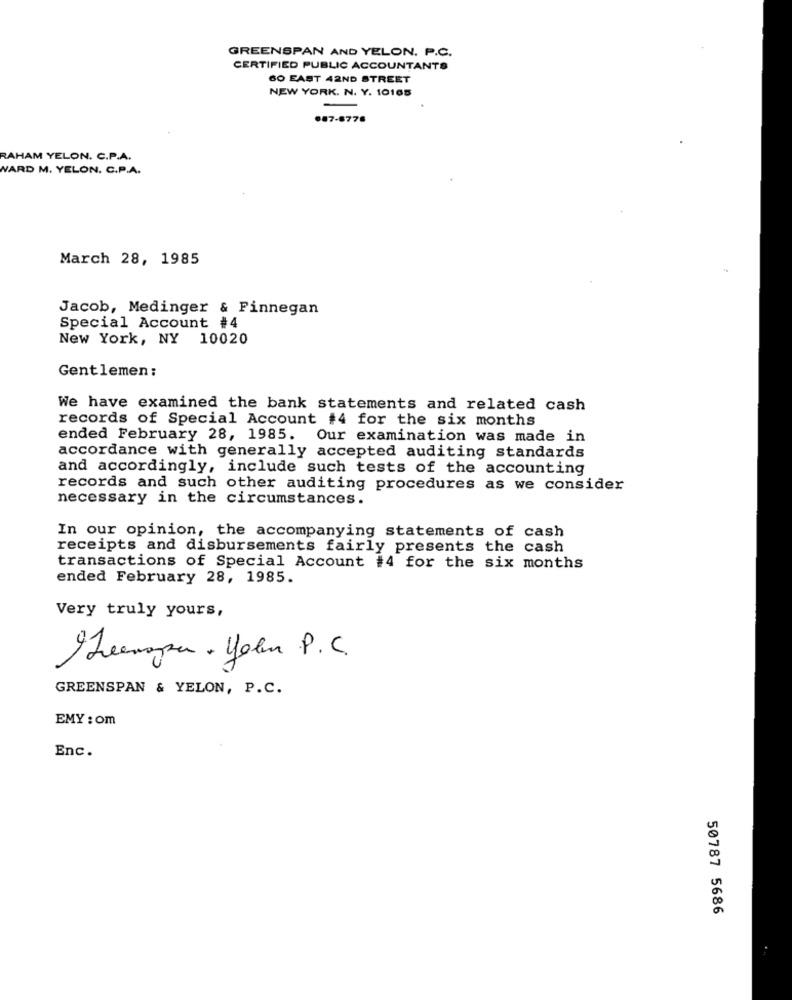
GREENSPAN AND YELON. P.C.
CERTIFIED PUBLIC ACCOUNTANTS
GO EAST 42ND STREET
NEW YORK. N. Y. 10165
.87-8776
RAHAM YELON. C.P.A.
WARD M. YELON. C.P.A.
March 28, 1985
Jacob, Medinger & Finnegan
Special Account #4
New York, NY 10020
Gentlemen:
We have examined the bank statements and related cash
records of Special Account #4 for the six months
ended February 28, 1985.
Our examination was made in
accordance with generally accepted auditing standards
and accordingly, include such tests of the accounting
records and such other auditing procedures as we consider
necessary in the circumstances.
In our opinion, the accompanying statements of cash
receipts and disbursements fairly presents the cash
transactions of Special Account #4 for the six months
ended February 28, 1985.
Very truly yours,
Seempe . John P.C.
GREENSPAN & YELON, P.C.
EMY : om
Enc.
50787 5686